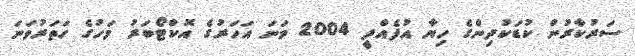
ސަރުކާރުން ކުޑަކުދިންގެ ހިޔާ އުފެއްދީ 2004 ވަނަ އަހަރުގެ އޮކްޓޯބަރު މަހުގެ ހަތަރުވަނަ